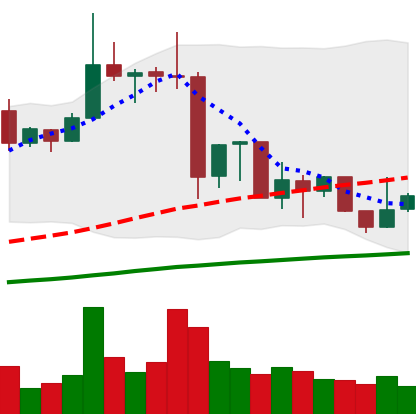
Ticker: XRP-USD
Chart end date: 2019-07-07
Forward return: -13.331%
Label: down_7plus